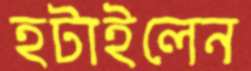
হটাইলেন